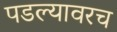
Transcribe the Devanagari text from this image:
पडल्यावरच